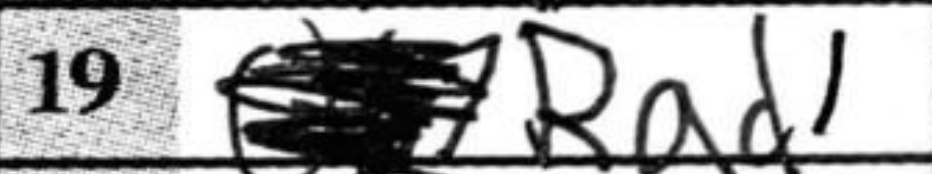
Transcription: Rad1